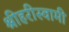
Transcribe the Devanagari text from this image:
श्रीहरीस्वामी